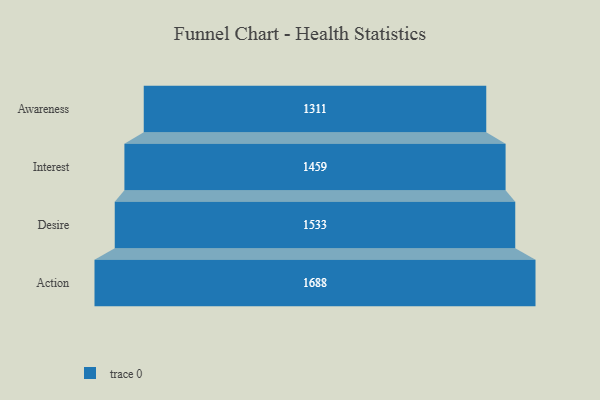
{"axis": {"x": "Stage", "y": "Value"}, "legend": [""], "data": [{"x": "Awareness", "y": 1311.0, "type": ""}, {"x": "Interest", "y": 1459.0, "type": ""}, {"x": "Desire", "y": 1533.0, "type": ""}, {"x": "Action", "y": 1688.0, "type": ""}]}